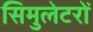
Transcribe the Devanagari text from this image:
सिमुलेटरों